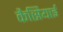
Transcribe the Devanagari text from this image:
कैसियाई